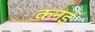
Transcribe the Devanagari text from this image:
कनई